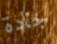
جادة